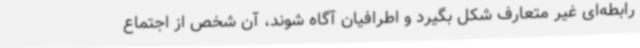
رابطه‌ای غیر متعارف شکل بگیرد و اطرافیان آگاه شوند، آن شخص از اجتماع